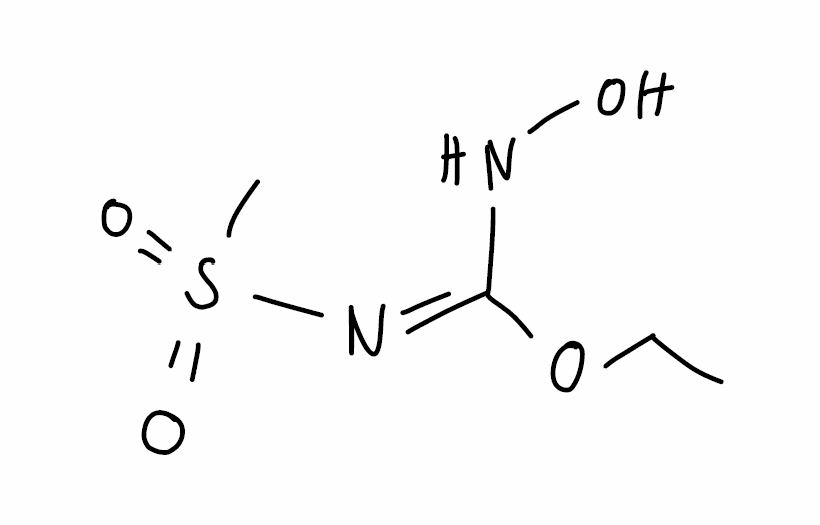
Simplified molecular-input line-entry system (SMILES) notation of the given molecule:
CCO/C(=N/S(=O)(=O)C)/NO